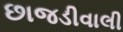
છાજડીવાલી